画像に写った文字を読んでください
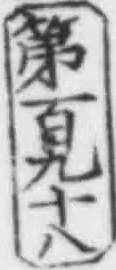
「第百九十八」と書いてあります